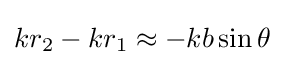
kr_{2}-kr_{1}\approx -kb\sin \theta